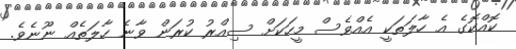
ކޮއްކޮގެ އެ ހާލަތަކީ އެއްވެސް މީހަކަށް ސިއްރު ކުރަން ވާނެ ހާލަތެއް ނޫނެވެ.